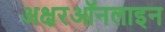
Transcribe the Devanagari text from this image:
अक्षरऑनलाइन